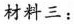
材料三：